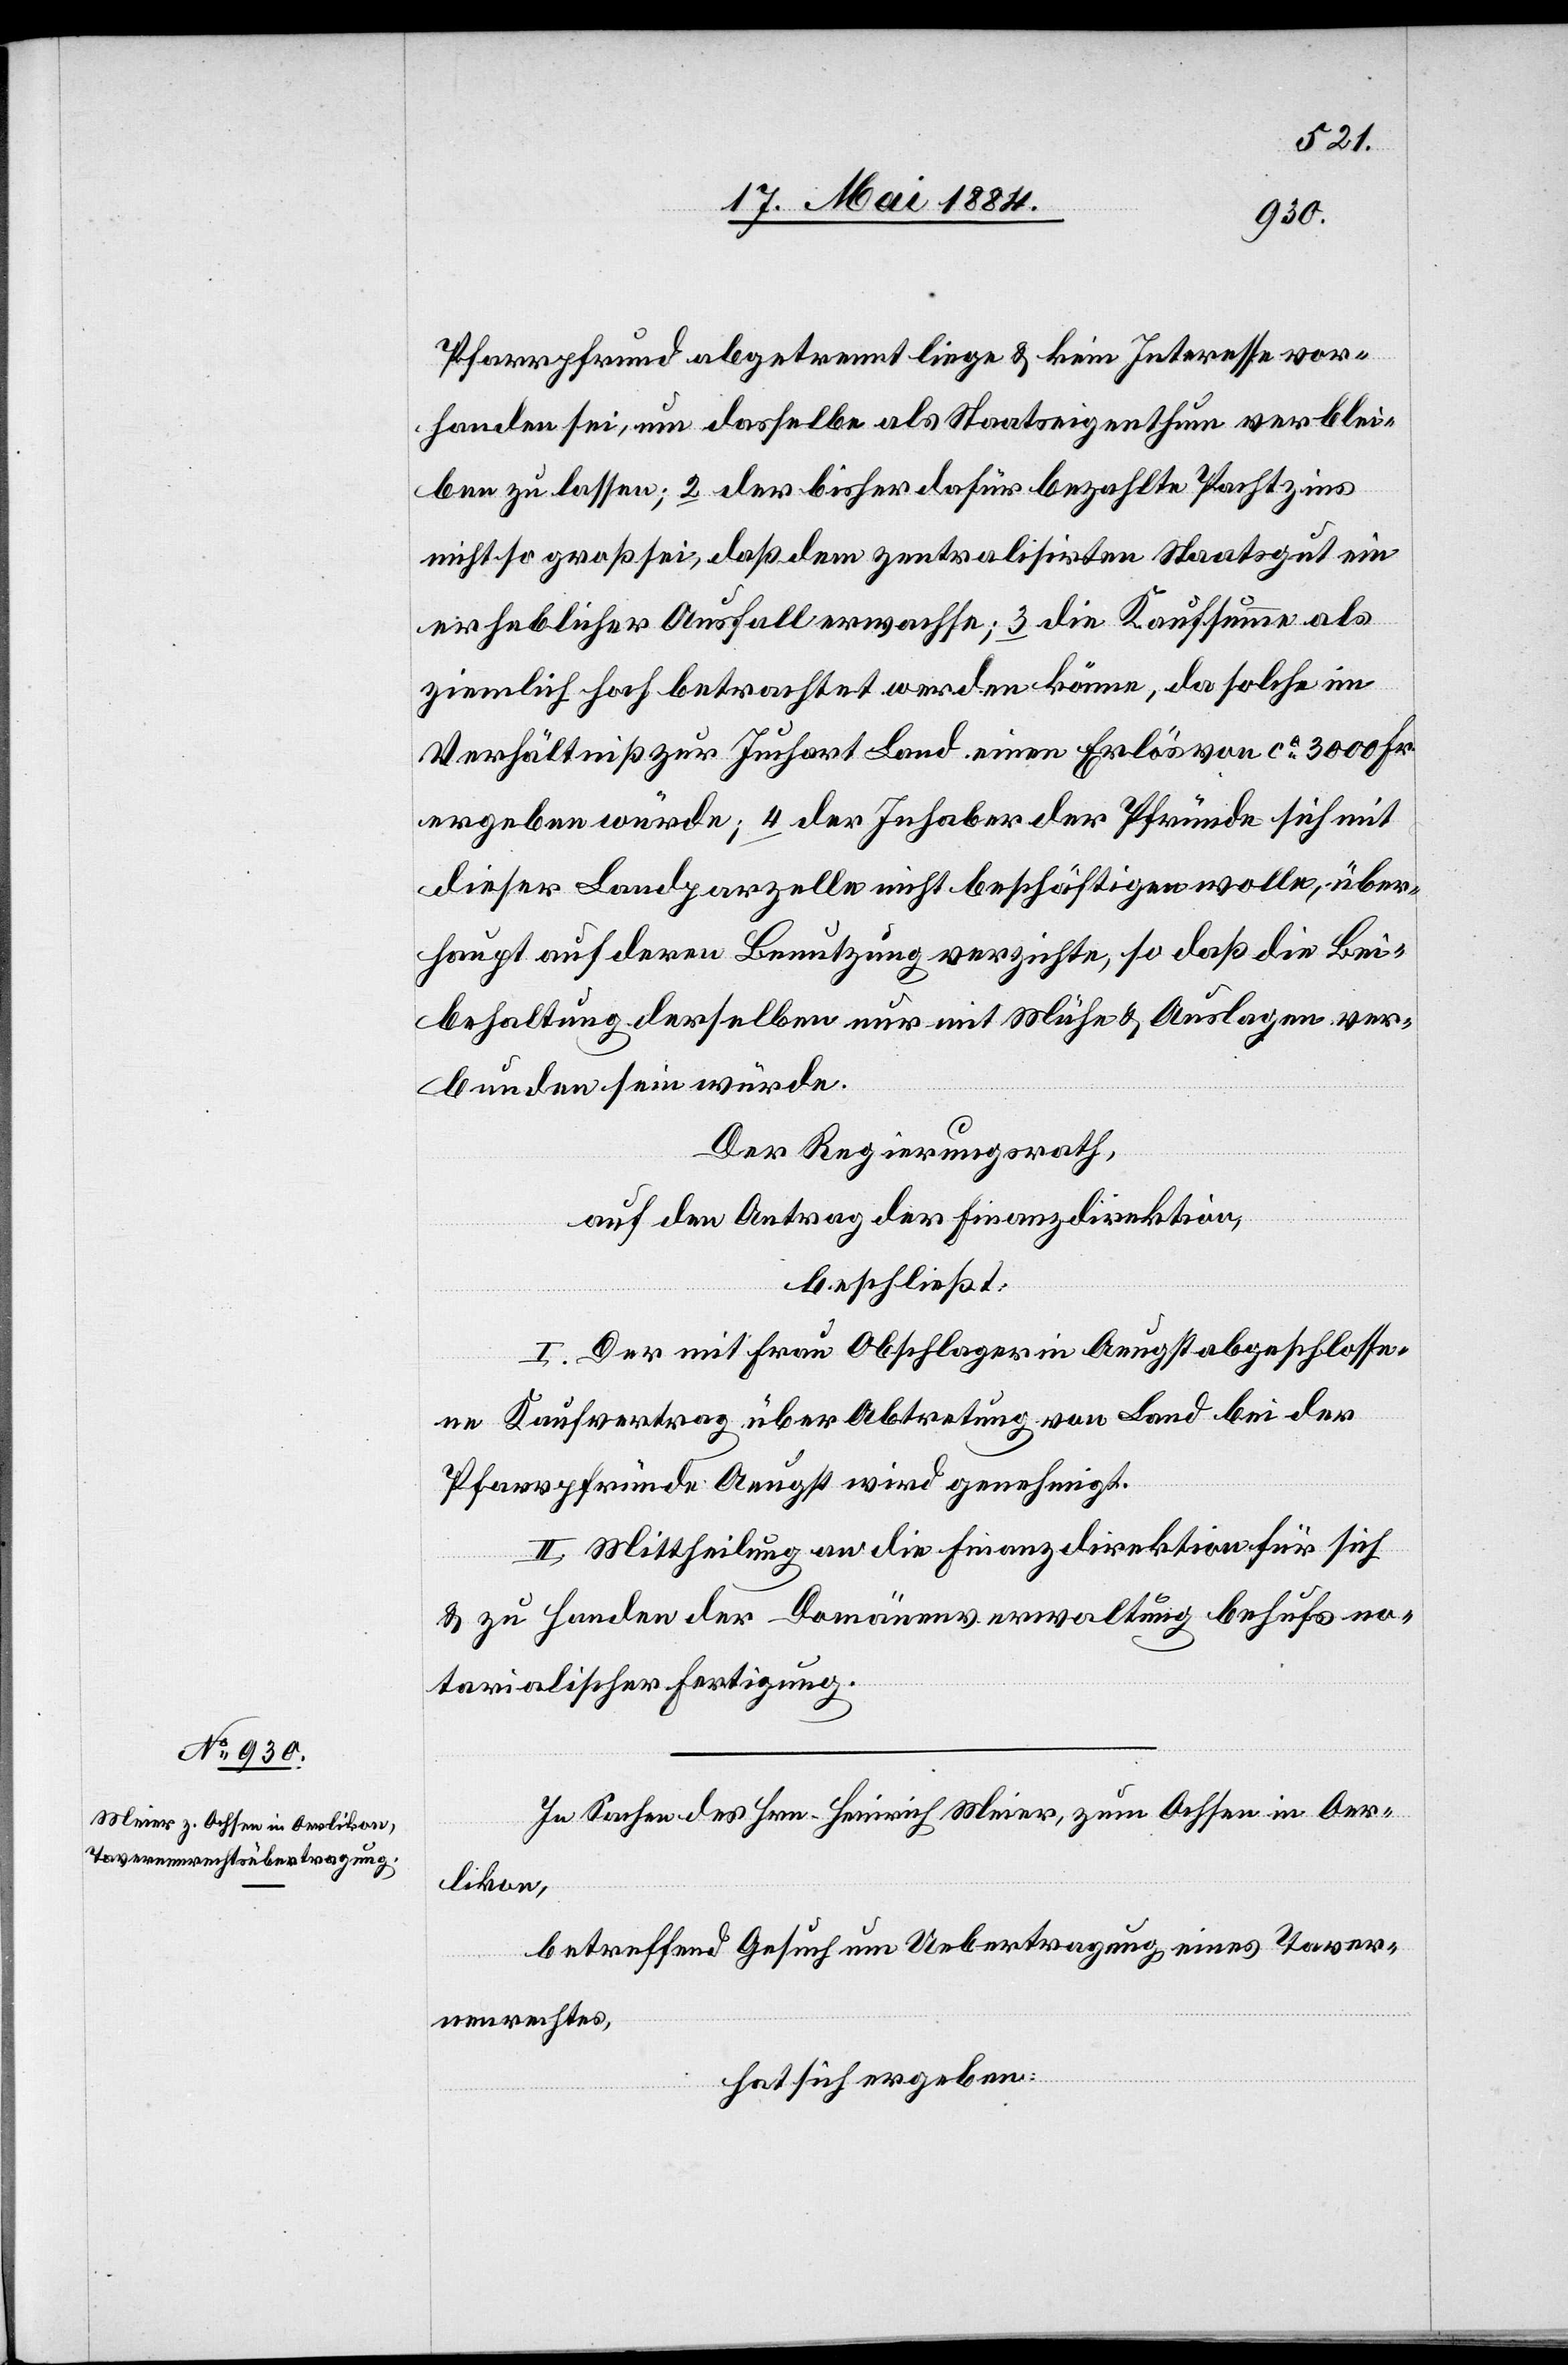
Pfarrpfrund abgetrennt liege & kein Interesse vor¬
handen sei, um dasselbe als Staatseigenthum verblei¬
ben zu lassen; 2 der bisher dafür bezahlte Pachtzins
nicht so groß sei, daß dem zentralisirten Staatsgut ein
erheblicher Ausfall erwachse; 3 die Kaufsumme als
ziemlich hoch betrachtet werden könne, da solche im
Verhältniß zur Juchart Land einen Erlös von ca 3000 Fr.
ergeben würde; 4 der Inhaber der Pfründe sich mit
dieser Landparzelle nicht beschäftigen wolle, über¬
haupt auf deren Benutzung verzichte, so daß die Bei¬
behaltung derselben nur mit Mühe & Auslagen ver¬
bunden sein würde.
Der Regierungsrath,
auf den Antrag der Finanzdirektion,
beschließt:
I. Der mit Frau Obschlager in Aeugst abgeschlosse¬
ne Kaufvertrag über Abtretung von Land bei der
Pfarrpfründe Aeugst wird genehmigt.
II. Mittheilung an die Finanzdirektion für sich
& zu Handen der Domäneverwaltung behufs no¬
tarialischer Fertigung.
In Sachen des Hrn. Heinrich Meier, zum Ochsen in Oer¬
likon,
betreffend Gesuch um Uebertragung eines Taver¬
nenrechtes,
hat sich ergeben: